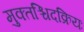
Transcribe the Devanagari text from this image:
मुक्तश्चिदक्रियः